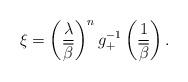
LaTeX: \begin{align*} \xi= \left ( \frac{\lambda}{\overline{\beta}}\right )^n g_+^{-1}\left ( \frac{1}{\overline{\beta}}\right). \end{align*}